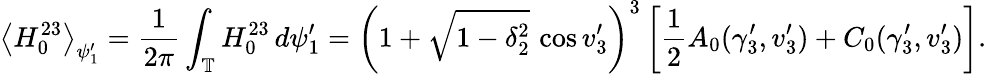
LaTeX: \left\langle H_{0}^{23}\right\rangle_{\psi_{1}^{\prime}}=\frac{1}{2\pi}\int_{\mathbb{T}}H_{0}^{23}\, d\psi_{1}^{\prime}=\left(1+\sqrt{1-\delta_{2}^{2}}\, \cos v_{3}^{\prime}\right)^{3}\left[\frac{1}{2}A_{0}(\gamma_{3}^{\prime},v_{3}^{\prime})+C_{0}(\gamma_{3}^{\prime},v_{3}^{\prime})\right].